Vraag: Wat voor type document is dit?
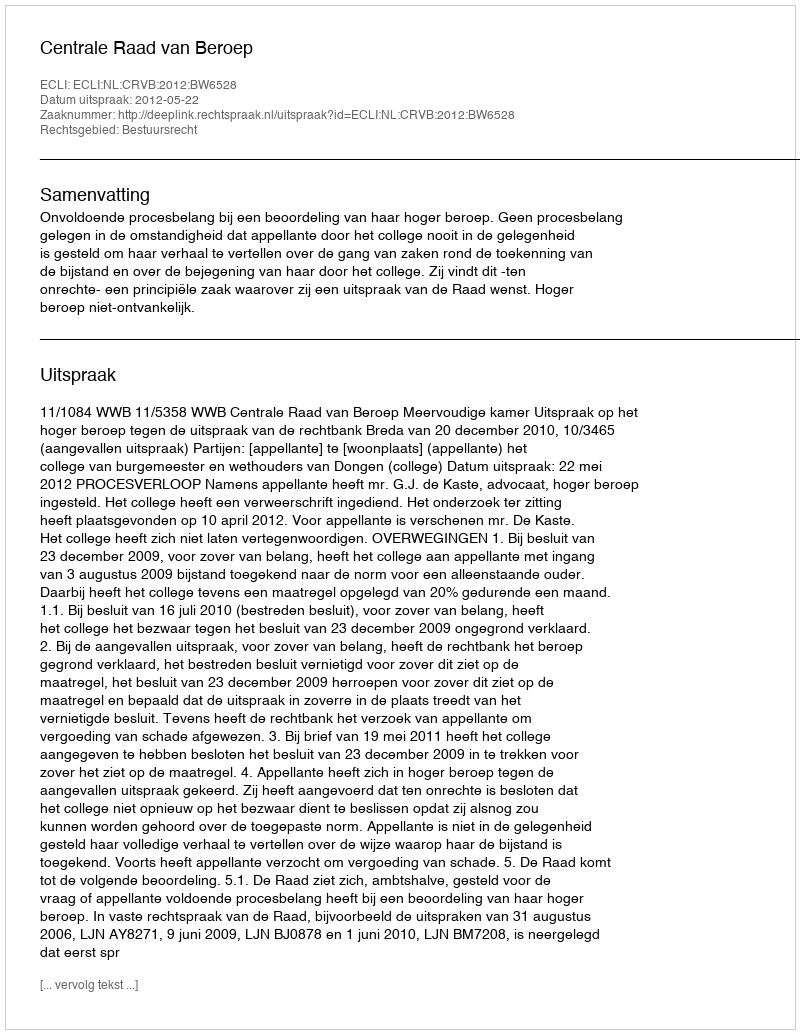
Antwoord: Uitspraak